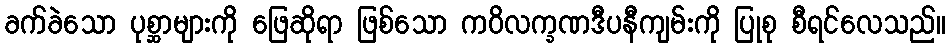
ခက်ခဲသော ပုစ္ဆာများကို ဖြေဆိုရာ ဖြစ်သော ကဝိလက္ခဏဒီပနီကျမ်းကို ပြုစု စီရင်လေသည်။